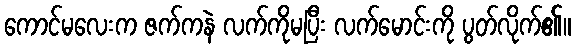
ကောင်မလေးက ဇက်ကနဲ လက်ကိုမပြီး လက်မောင်းကို ပွတ်လိုက်၏။